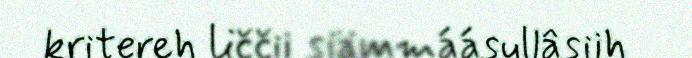
kritereh liččii siämmáásullâsiih